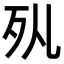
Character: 𣧇